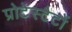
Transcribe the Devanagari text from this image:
प्रोटेस्टैटों